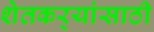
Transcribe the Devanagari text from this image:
शेतकर्‍यांसाठी